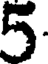
5.